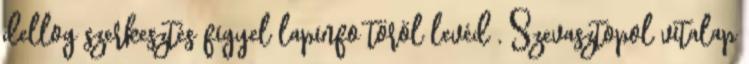
dellog szerkesztés figyel lapinfo töröl levéd , Szevasztopol vitalap